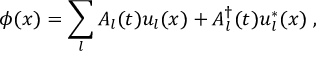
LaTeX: \phi ( x ) = \sum _ { l } A _ { l } ( t ) u _ { l } ( x ) + A _ { l } ^ { \dagger } ( t ) u _ { l } ^ { * } ( x ) \; ,